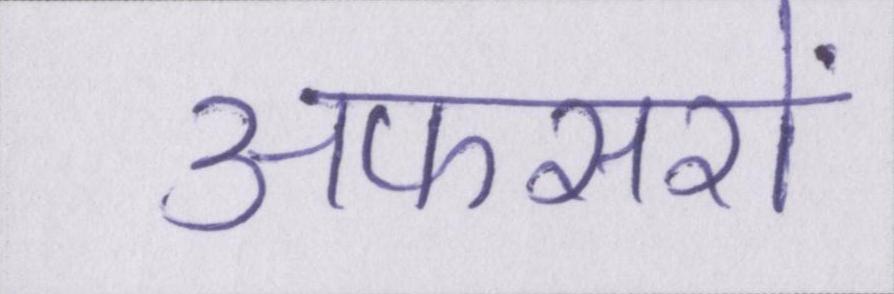
अफसरों